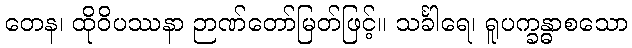
တေန၊ ထိုဝိပဿနာ ဉာဏ်တော်မြတ်ဖြင့်။ သင်္ခါရေ၊ ရူပက္ခန္ဓာစသော